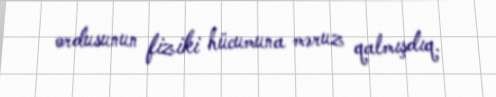
ordusunun fiziki hücumuna məruz qalmışdıq.